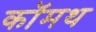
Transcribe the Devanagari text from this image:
कॉमथ